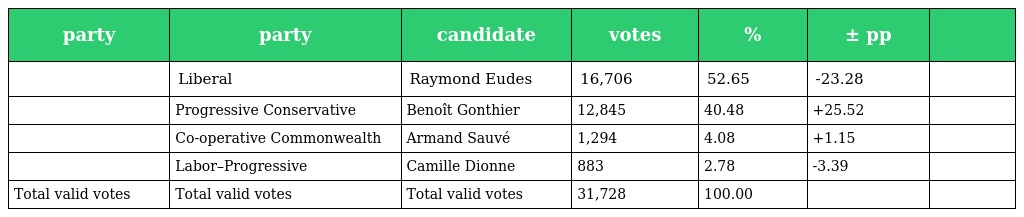
| party | party | candidate | votes | % | ± pp |  |
 | --- | --- | --- | --- | --- | --- | --- |
 |  | Liberal | Raymond Eudes | 16,706 | 52.65 | -23.28 |  |
 |  | Progressive Conservative | Benoît Gonthier | 12,845 | 40.48 | +25.52 |  |
 |  | Co-operative Commonwealth | Armand Sauvé | 1,294 | 4.08 | +1.15 |  |
 |  | Labor–Progressive | Camille Dionne | 883 | 2.78 | -3.39 |  |
 | Total valid votes | Total valid votes | Total valid votes | 31,728 | 100.00 |  |  |